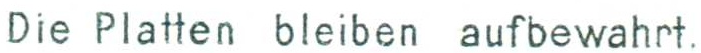
Die Platten bleiben aufbewahrt.